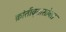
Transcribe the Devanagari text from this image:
क्रांतीवृतासोबत